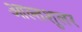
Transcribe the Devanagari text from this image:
आल्तशुलर